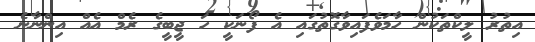
އިތުރު ލީކްތަކުން ހާމަވެފައިވާގޮތުގައި އެ ފޯނަކީ ހަ ޖީބީގެ ރެމް އެއް އިންނާނެ